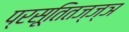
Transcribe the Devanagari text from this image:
प्रसूतितज्ज्ञ